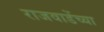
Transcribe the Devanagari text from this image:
राजवाडेंच्या